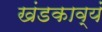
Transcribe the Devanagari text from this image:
खंडकाव्यं